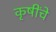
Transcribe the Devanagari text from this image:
कृषींचे